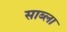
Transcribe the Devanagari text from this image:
साब्ला